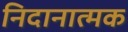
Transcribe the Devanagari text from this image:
निदानात्‍मक